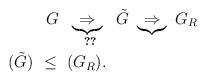
LaTeX: \begin{align*}&~~~~~~~G~~ \underbrace{\Rightarrow}_{~\ref{theorem2}}~~ \tilde{G}~ \underbrace{\Rightarrow}_{}~ G_R \\&{(\tilde{G})}~ \leq~(G_R).\end{align*}